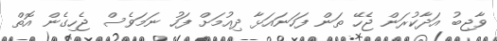
ވާޖިބު އަދާކުރަން ޖެހޭ ތަން ފަހަނައަޅާ ދިއުމަށް ފަހު ނަމަވެސް ޖެހިގެން އޮތް